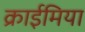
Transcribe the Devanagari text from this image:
क्राईमिया